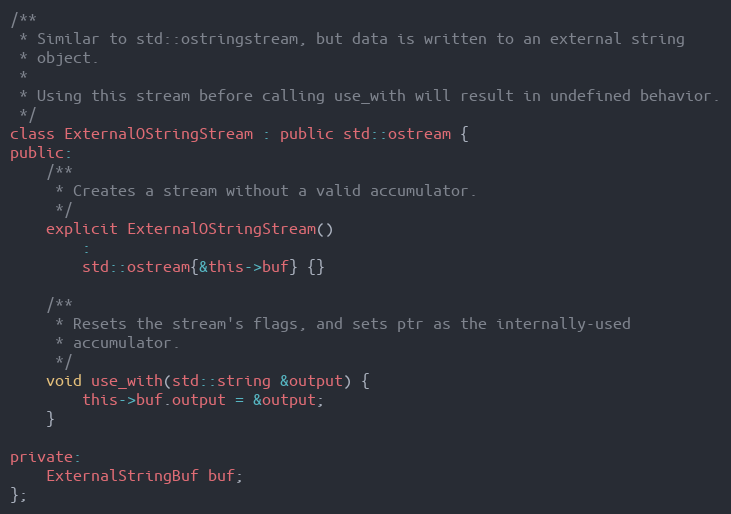
Language: C
/**
 * Similar to std::ostringstream, but data is written to an external string
 * object.
 *
 * Using this stream before calling use_with will result in undefined behavior.
 */
class ExternalOStringStream : public std::ostream {
public:
	/**
	 * Creates a stream without a valid accumulator.
	 */
	explicit ExternalOStringStream()
		:
		std::ostream{&this->buf} {}

	/**
	 * Resets the stream's flags, and sets ptr as the internally-used
	 * accumulator.
	 */
	void use_with(std::string &output) {
		this->buf.output = &output;
	}

private:
	ExternalStringBuf buf;
};